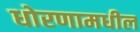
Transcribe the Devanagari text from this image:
धोरणामधील